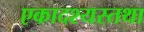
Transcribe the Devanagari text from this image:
एकादश्यस्तथा